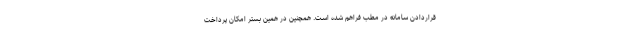
قراردادن سامانه در مطب فراهم شده است. همچنین در همین بستر امکان پرداخت